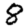
Digit: 8